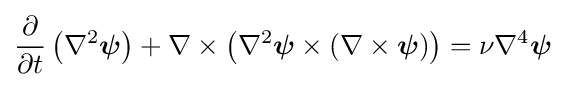
{\frac {\partial }{\partial t}}\left(\nabla ^{2}{\boldsymbol {\psi }}\right)+\nabla \times \left(\nabla ^{2}{\boldsymbol {\psi }}\times (\nabla \times {\boldsymbol {\psi }})\right)=\nu \nabla ^{4}{\boldsymbol {\psi }}